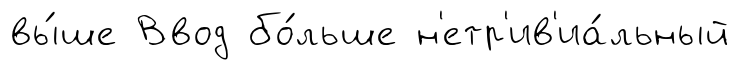
вы́ше Ввод бо́льше н'етр'ив'иа́льный